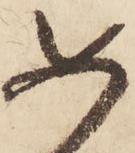
如